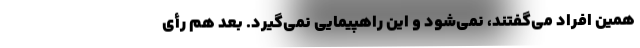
همین افراد می‌گفتند، نمی‌شود و این راهپیمایی نمی‌گیرد. بعد هم رأی